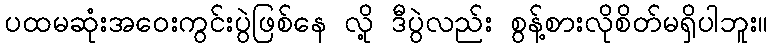
ပထမဆုံးအဝေးကွင်းပွဲဖြစ်နေ လို့ ဒီပွဲလည်း စွန့်စားလိုစိတ်မရှိပါဘူး။